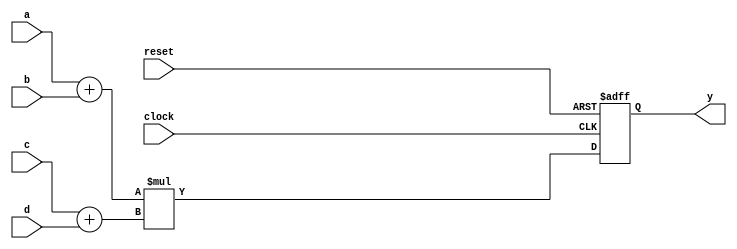
`timescale 1ns / 1ps

module no_pipeline(a, b, c, d, reset, clock, y);

input [2:0] a, b, c, d;
input clock, reset;

// Output Signals
output [7:0] y;
reg [7:0] y;

// Register
reg [3:0] temp_0, temp_1;

// Function by Clock
always @(posedge clock or negedge reset) begin
	// if falling-edge, reset all register
	if(!reset) begin
		y <= 8'd0;
	end
	
	// if rising-edge, do function
	else begin
		y <= {{1'b0, a[2:0]} + {1'b0, b[2:0]}} * {{1'b0, c[2:0]} + {1'b0, d[2:0]}};
	end
end
endmodule